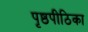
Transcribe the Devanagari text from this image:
पृष्ठपीठिका